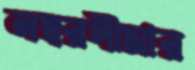
নম্বরসীমার